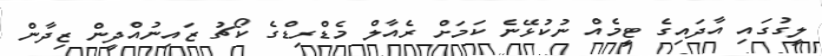
ލީގުގައި އާދައިގެ ޓީމެއް ނުކުޅޭނެ ކަމަށް ރެއާލް މެޑްރިޑްގެ ކޯޗު ޒައިނުއްދީން ޒިދާން